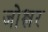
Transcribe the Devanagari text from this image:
जोश्लर